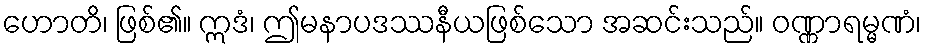
ဟောတိ၊ ဖြစ်၏။ ဣဒံ၊ ဤမနာပဒဿနီယဖြစ်သော အဆင်းသည်။ ဝဏ္ဏာရမ္မဏံ၊